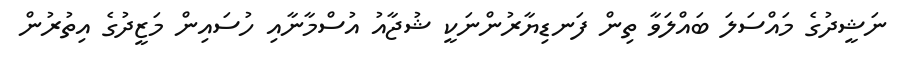
ނަޝީދުގެ މައްސަލަ ބައްލަވާ ތިން ފަނޑިޔާރުންނަކީ ޝުޖާއު އުސްމާނާއި ހުސައިން މަޒީދުގެ އިތުރުން